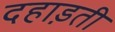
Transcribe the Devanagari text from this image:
दहाड़ती